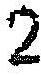
2